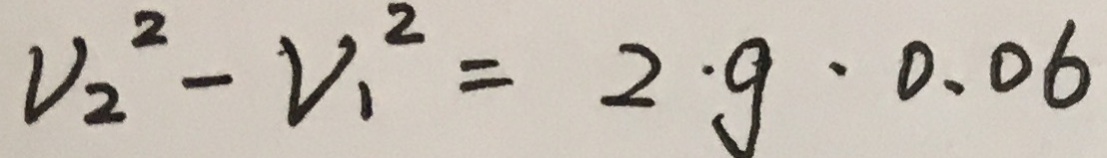
V _ { 2 } ^ { 2 } - V _ { 1 } ^ { 2 } = 2 \cdot g \cdot 0 . 0 6